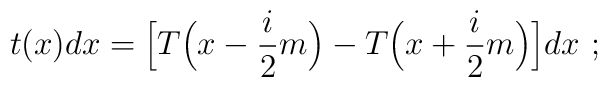
t(x)dx=\Big[T\Big(x-\frac{i}{2}m\Big)- T\Big(x+\frac{i}{2}m\Big)\Big]dx\ ;